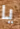
يا